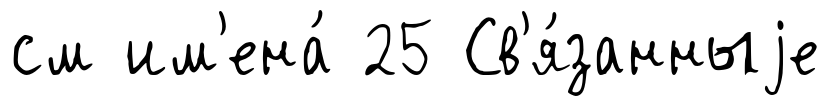
см им'ена́ 25 Св'я́занныjе